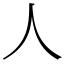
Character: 人